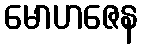
မောဟဇေန